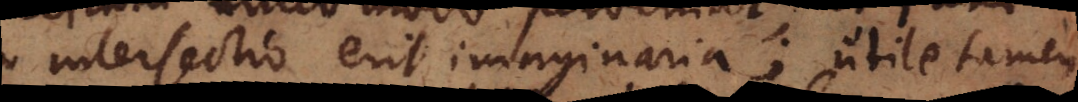
intersectio erit imaginaria; utile tamen